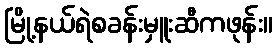
မြို့နယ်ရဲစခန်းမှူးဆီကဖုန်း။